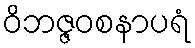
ဝိဘဇ္ဇဝစနာပရံ